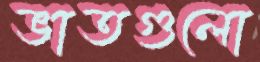
ভাতগুলো